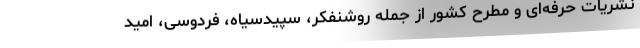
نشریات حرفه‌ای و مطرح کشور از جمله روشنفکر، سپیدسیاه، فردوسی، امید